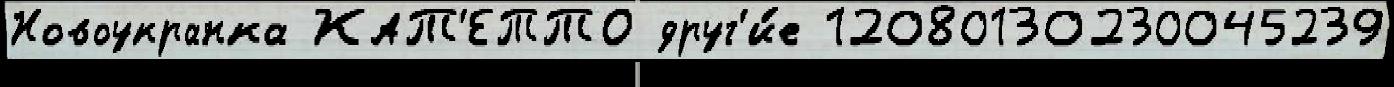
Новоукранка КАТ'ЕТТО друг'и́е 12080130230045239